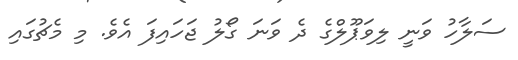
ސަލާހު ވަނީ ލިވަޕޫލްގެ ދެ ވަަނަ ގޯލު ޖަހައިފަ އެވެ. މި މެޗުގައި